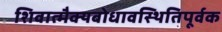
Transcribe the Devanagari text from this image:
शिवात्मैक्यबोधावस्थितिपूर्वक